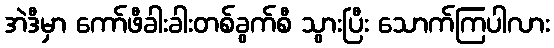
အဲဒီမှာ ကော်ဖီခါးခါးတစ်ခွက်စီ သွားပြီး သောက်ကြပါလား